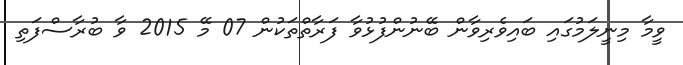
ވީމާ މިނީލަމުގައި ބައިވެރިވާން ބޭނުންފުޅުވާ ފަރާތްތަކުން 07 މޭ 2015 ވާ ބުރާސްފަތި